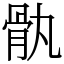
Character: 骫